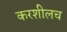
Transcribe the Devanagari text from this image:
करशीलच